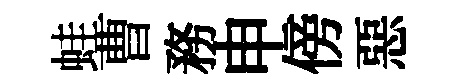
蛙曹務申傍惡